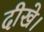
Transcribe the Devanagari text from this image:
दीखे।